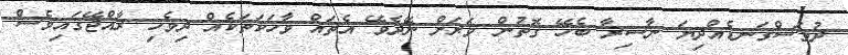
ދުވަސްގަނޑެއްދިޔަ ނާސިރާ ބެހޭ ގޮތުން ވަރަށް ނޭދެވޭ އެތައް ވާހަކަތަކެއް ދިވެހި ރާއްޖޭގައިވެސް